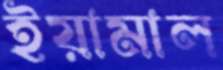
ইয়ামাল